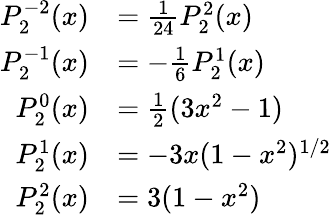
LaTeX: {\begin{array}{rl}{P_{2}^{-2}(x)}&{={\frac{1}{24}}P_{2}^{2}(x)}\\ {P_{2}^{-1}(x)}&{=-{\frac{1}{6}}P_{2}^{1}(x)}\\ {P_{2}^{0}(x)}&{={\frac{1}{2}}(3x^{2}-1)}\\ {P_{2}^{1}(x)}&{=-3x(1-x^{2})^{1/2}}\\ {P_{2}^{2}(x)}&{=3(1-x^{2})}\end{array}}